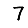
Digit: 7